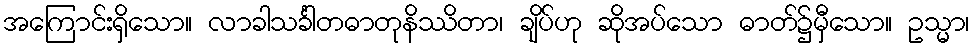
အကြောင်းရှိသော။ လာခါသင်္ခါတဓာတုနိဿိတာ၊ ချိပ်ဟု ဆိုအပ်သော ဓာတ်၌မှီသော။ ဥသ္မာ၊